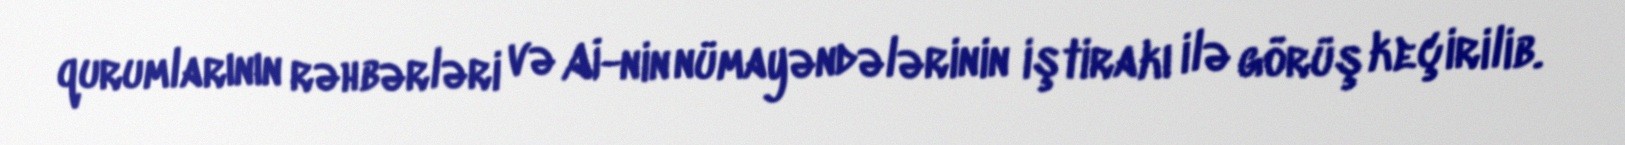
qurumlarının rəhbərləri və Aİ-nin nümayəndələrinin iştirakı ilə görüş keçirilib.